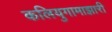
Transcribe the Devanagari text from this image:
कलियुगामाझारी